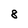
Character: 8